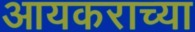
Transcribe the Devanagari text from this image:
आयकराच्या